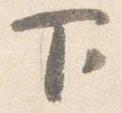
下